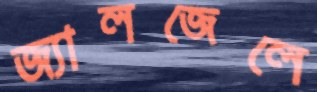
জ্যালজেলে